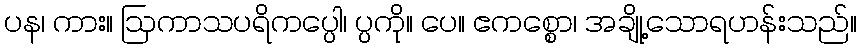
ပန၊ ကား။ ဩကာသပရိကပ္ပေါ၊ ပ္ပကို။ ပေ။ ဧကစ္စော၊ အချို့သောရဟန်းသည်။